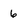
Character: 6